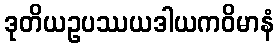
ဒုတိယဥပဿယဒါယကဝိမာနံ